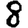
Digit: 8